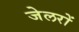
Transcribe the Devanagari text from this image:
जेलरों